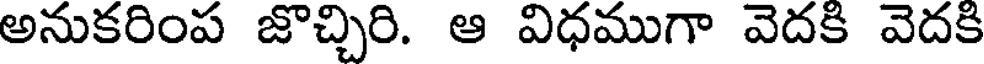
అనుకరింప జొచ్చిరి. ఆ విధముగా వెదకి వెదకి